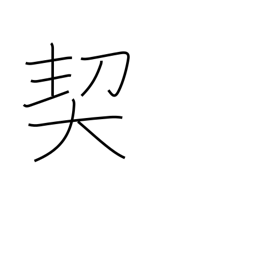
Meaning: pledge